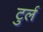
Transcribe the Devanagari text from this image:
टुर्ल